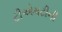
ટીએમટીની